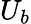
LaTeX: U_{b}